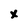
Character: x